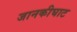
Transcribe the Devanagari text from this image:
जानकीघाट